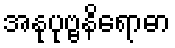
အနုပုဗ္ဗနိရောဓာ